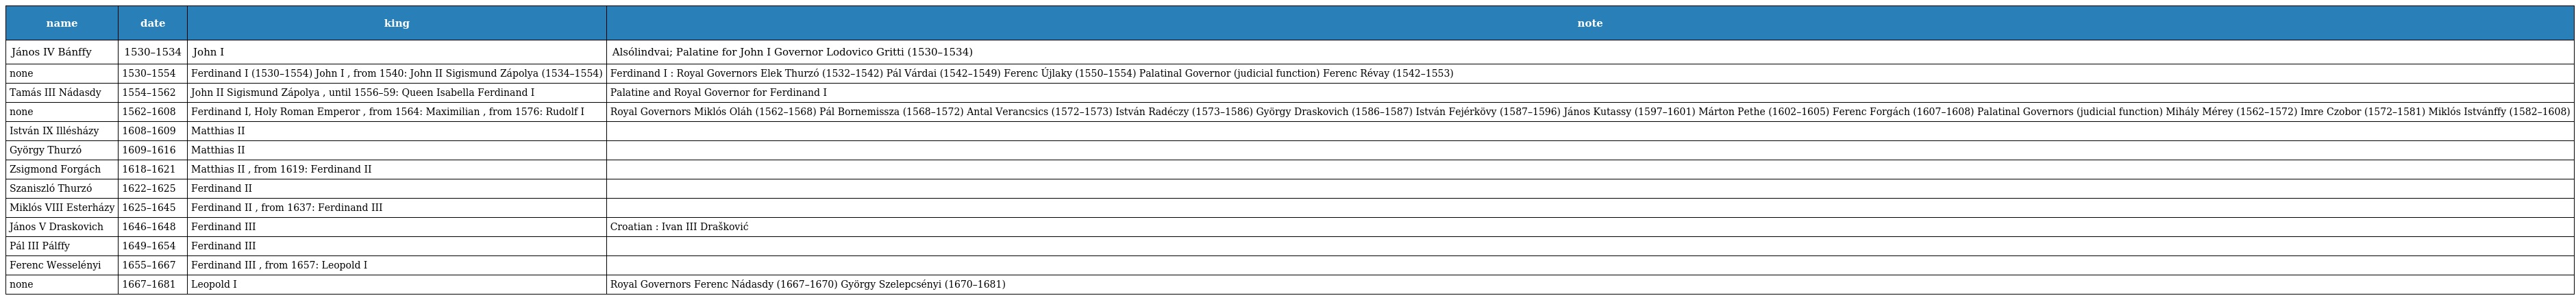
| name | date | king | note |
 | --- | --- | --- | --- |
 | János IV Bánffy | 1530–1534 | John I | Alsólindvai; Palatine for John I Governor Lodovico Gritti (1530–1534) |
 | none | 1530–1554 | Ferdinand I (1530–1554) John I , from 1540: John II Sigismund Zápolya (1534–1554) | Ferdinand I : Royal Governors Elek Thurzó (1532–1542) Pál Várdai (1542–1549) Ferenc Újlaky (1550–1554) Palatinal Governor (judicial function) Ferenc Révay (1542–1553) |
 | Tamás III Nádasdy | 1554–1562 | John II Sigismund Zápolya , until 1556–59: Queen Isabella Ferdinand I | Palatine and Royal Governor for Ferdinand I |
 | none | 1562–1608 | Ferdinand I, Holy Roman Emperor , from 1564: Maximilian , from 1576: Rudolf I | Royal Governors Miklós Oláh (1562–1568) Pál Bornemissza (1568–1572) Antal Verancsics (1572–1573) István Radéczy (1573–1586) György Draskovich (1586–1587) István Fejérkövy (1587–1596) János Kutassy (1597–1601) Márton Pethe (1602–1605) Ferenc Forgách (1607–1608) Palatinal Governors (judicial function) Mihály Mérey (1562–1572) Imre Czobor (1572–1581) Miklós Istvánffy (1582–1608) |
 | István IX Illésházy | 1608–1609 | Matthias II |  |
 | György Thurzó | 1609–1616 | Matthias II |  |
 | Zsigmond Forgách | 1618–1621 | Matthias II , from 1619: Ferdinand II |  |
 | Szaniszló Thurzó | 1622–1625 | Ferdinand II |  |
 | Miklós VIII Esterházy | 1625–1645 | Ferdinand II , from 1637: Ferdinand III |  |
 | János V Draskovich | 1646–1648 | Ferdinand III | Croatian : Ivan III Drašković |
 | Pál III Pálffy | 1649–1654 | Ferdinand III |  |
 | Ferenc Wesselényi | 1655–1667 | Ferdinand III , from 1657: Leopold I |  |
 | none | 1667–1681 | Leopold I | Royal Governors Ferenc Nádasdy (1667–1670) György Szelepcsényi (1670–1681) |